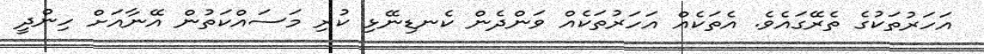
އަހަރުތަކުގެ ތެރޭގައެވެ. އެތަކެއް އަހަރުތަކެއް ވަންދެން ކެނޑިނޭޅި ކުރި މަސައްކަތުން އޭނާއަށް ހިންދީ